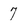
Character: 7